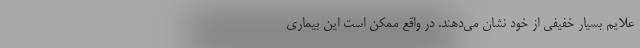
علایم بسیار خفیفی از خود نشان می‌دهند. در واقع ممکن است این بیماری